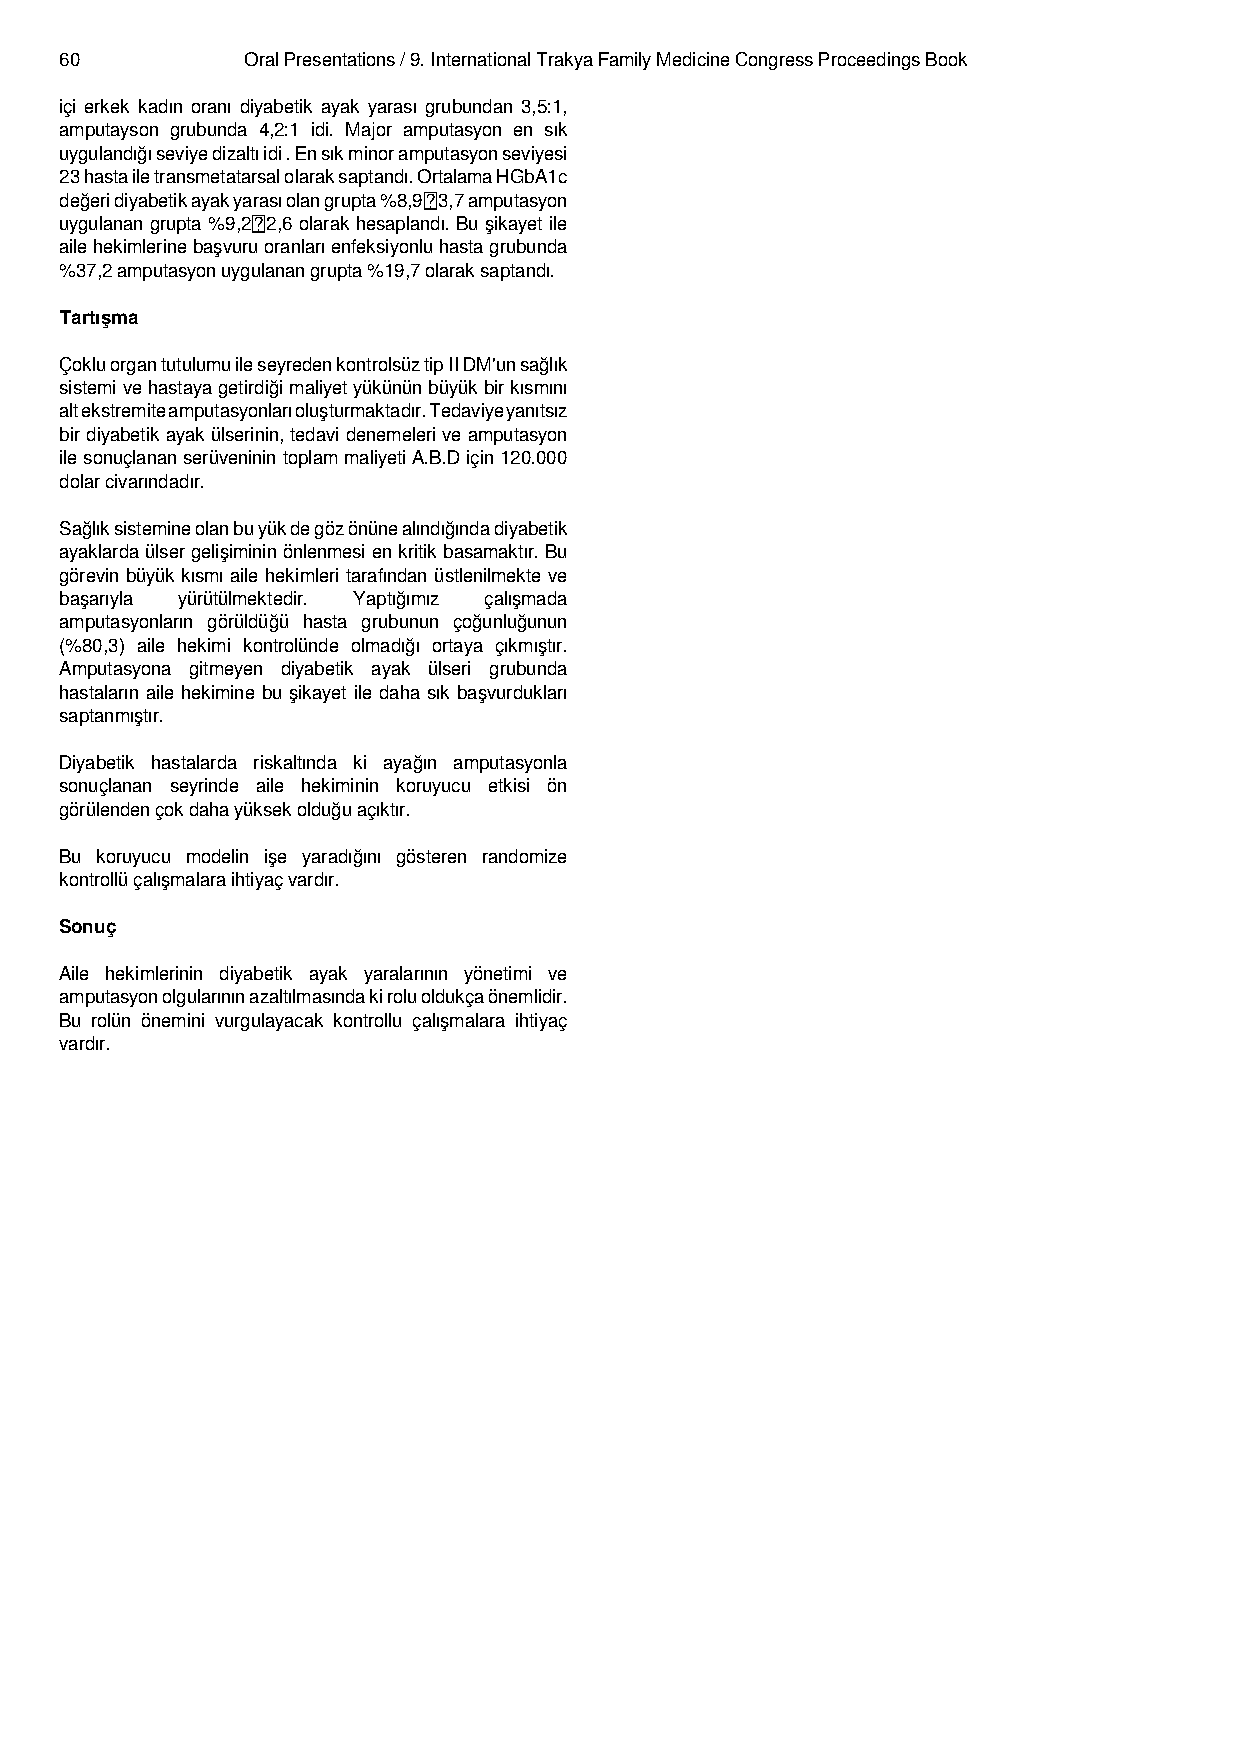
60          Oral Presentations / 9. International Trakya Family Medicine Congress Proceedings Book
 içi erkek kadın oranı diyabetik ayak yarası grubundan 3,5:1,
 amputayson grubunda 4,2:1 idi. Major amputasyon en sık
 uygulandığıseviyedizaltıidi.Ensıkminoramputasyonseviyesi
 23hastailetransmetatarsalolaraksaptandı.OrtalamaHGbA1c
 değeridiyabetikayakyarasıolangrupta%8,93,7amputasyon
 uygulanan grupta %9,22,6 olarak hesaplandı. Bu şikayet ile
 ailehekimlerinebaşvuruoranlarıenfeksiyonluhastagrubunda
 %37,2 amputasyon uygulanan grupta %19,7 olarak saptandı.
 Tartışma
 ÇokluorgantutulumuileseyredenkontrolsüztipIIDM'unsağlık
 sistemivehastayagetirdiğimaliyetyükününbüyükbirkısmını
 altekstremiteamputasyonlarıoluşturmaktadır.Tedaviyeyanıtsız
 birdiyabetikayakülserinin,tedavidenemeleriveamputasyon
 ilesonuçlananserüveninintoplammaliyetiA.B.Diçin120.000
 dolar civarındadır.
 Sağlıksistemineolanbuyükdegözönünealındığındadiyabetik
 ayaklardaülsergelişimininönlenmesienkritikbasamaktır.Bu
 görevin büyük kısmı aile hekimleri tarafından üstlenilmekte ve
 başarıyla yürütülmektedir. Yaptığımız çalışmada
 amputasyonların görüldüğü hasta grubunun çoğunluğunun
 (%80,3) aile hekimi kontrolünde olmadığı ortaya çıkmıştır.
 Amputasyona gitmeyen diyabetik ayak ülseri grubunda
 hastaların aile hekimine bu şikayet ile daha sık başvurdukları
 saptanmıştır.
 Diyabetik hastalarda riskaltında ki ayağın amputasyonla
 sonuçlanan seyrinde aile hekiminin koruyucu etkisi ön
 görülenden çok daha yüksek olduğu açıktır.
 Bu koruyucu modelin işe yaradığını gösteren randomize
 kontrollü çalışmalara ihtiyaç vardır.
 Sonuç
 Aile hekimlerinin diyabetik ayak yaralarının yönetimi ve
 amputasyonolgularınınazaltılmasındakiroluoldukçaönemlidir.
 Bu rolün önemini vurgulayacak kontrollu çalışmalara ihtiyaç
 vardır.